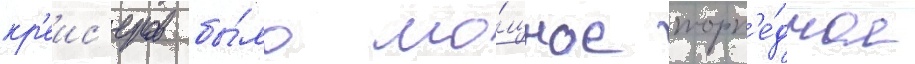
кр'еис'еров бы́ло мо́щное торп'е́дное